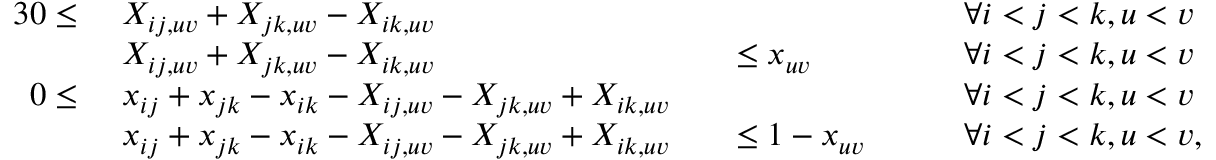
\begin{array} { r l r l r l } { { 3 } 0 \leq ~ } & { X _ { i j , u v } + X _ { j k , u v } - X _ { i k , u v } } & & { } & & { \forall i < j < k , u < v } \\ & { X _ { i j , u v } + X _ { j k , u v } - X _ { i k , u v } } & & { \leq x _ { u v } } & & { \forall i < j < k , u < v } \\ { 0 \leq ~ } & { x _ { i j } + x _ { j k } - x _ { i k } - X _ { i j , u v } - X _ { j k , u v } + X _ { i k , u v } } & & { } & & { \forall i < j < k , u < v } \\ & { x _ { i j } + x _ { j k } - x _ { i k } - X _ { i j , u v } - X _ { j k , u v } + X _ { i k , u v } } & & { \leq 1 - x _ { u v } \quad } & & { \forall i < j < k , u < v , } \end{array}